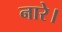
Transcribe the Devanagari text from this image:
नारे।